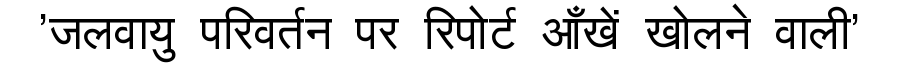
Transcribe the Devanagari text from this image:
'जलवायु परिवर्तन पर रिपोर्ट आँखें खोलने वाली'